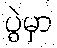
ပွဲမှာ